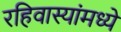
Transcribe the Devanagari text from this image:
रहिवास्यांमध्ये